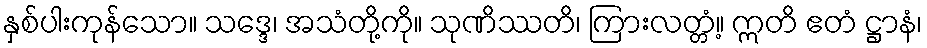
နှစ်ပါးကုန်သော။ သဒ္ဒေ၊ အသံတို့ကို။ သုဏိဿတိ၊ ကြားလတ္တံ့။ ဣတိ ဧတံ ဋ္ဌာနံ၊